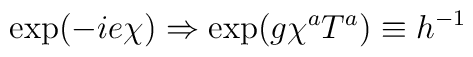
\exp(-ie\chi)\Rightarrow \exp(g\chi^aT^a)\equiv h^{-1}